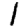
Digit: 1